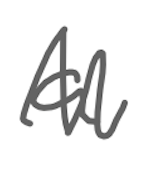
Text: a
Cross-out: zig-zag
Writing tool: digital_gray